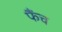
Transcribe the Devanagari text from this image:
फैंच